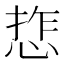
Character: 𢜉